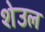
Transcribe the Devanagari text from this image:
शेउल